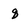
Character: q